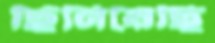
ছিনিয়েছি